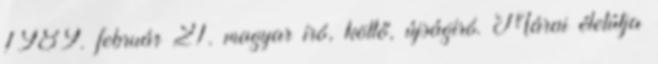
1989. február 21. magyar író, költő, újságíró. Márai életútja